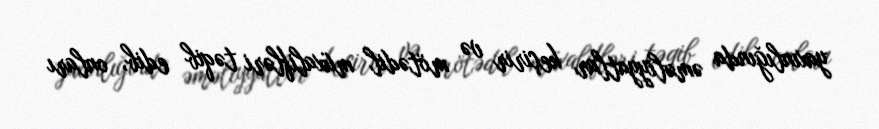
yaxınlığında əməliyyatlar keçirir və mötədil müxalifləri təqib edib, onları